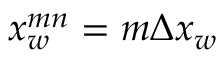
x _ { w } ^ { m n } = m \Delta x _ { w }